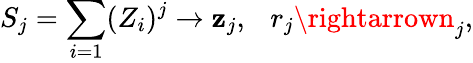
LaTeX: S_{j}=\sum_{i=1}(Z_{i})^{j}\rightarrow\mathbf{z}_{j},~~~r_{j}\rightarrown_{j},